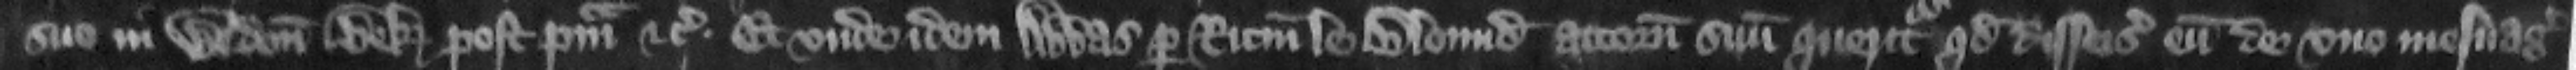
suo in Wedon Bek post primam etc. Et vnde idem abbas per Ricardum le Blound attornatum suum queritur quod disseisiuerunt eum de vno mesuagio